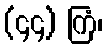
(၄၄) ကြံ၊